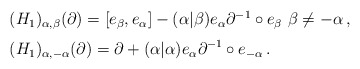
\begin{align*}\begin{array}{l}\vphantom{\Big)}\displaystyle{(H_1)_{\alpha,\beta}(\partial)=[e_\beta,e_\alpha]-(\alpha|\beta)e_\alpha\partial^{-1}\circ e_\beta\,\, \beta\neq-\alpha\,,}\\\vphantom{\Big)}\displaystyle{(H_1)_{\alpha,-\alpha}(\partial)=\partial+(\alpha|\alpha)e_\alpha\partial^{-1}\circ e_{-\alpha}\,.}\end{array}\end{align*}